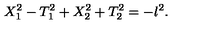
X _ { 1 } ^ { 2 } - T _ { 1 } ^ { 2 } + X _ { 2 } ^ { 2 } + T _ { 2 } ^ { 2 } = - l ^ { 2 } .